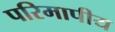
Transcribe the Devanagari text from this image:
परिमापीय